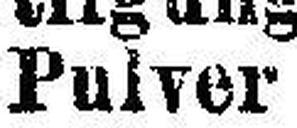
Pulver